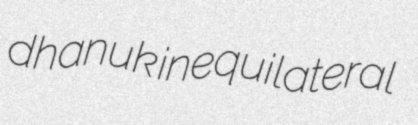
dhanuk inequilateral